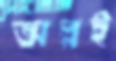
অল্পই